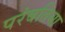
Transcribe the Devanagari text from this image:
परंबतिया